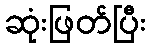
ဆုံးဖြတ်ပြီး